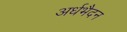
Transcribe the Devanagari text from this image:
अर्धभैदन